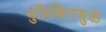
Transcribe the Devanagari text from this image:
युधिष्ठिरामुळे